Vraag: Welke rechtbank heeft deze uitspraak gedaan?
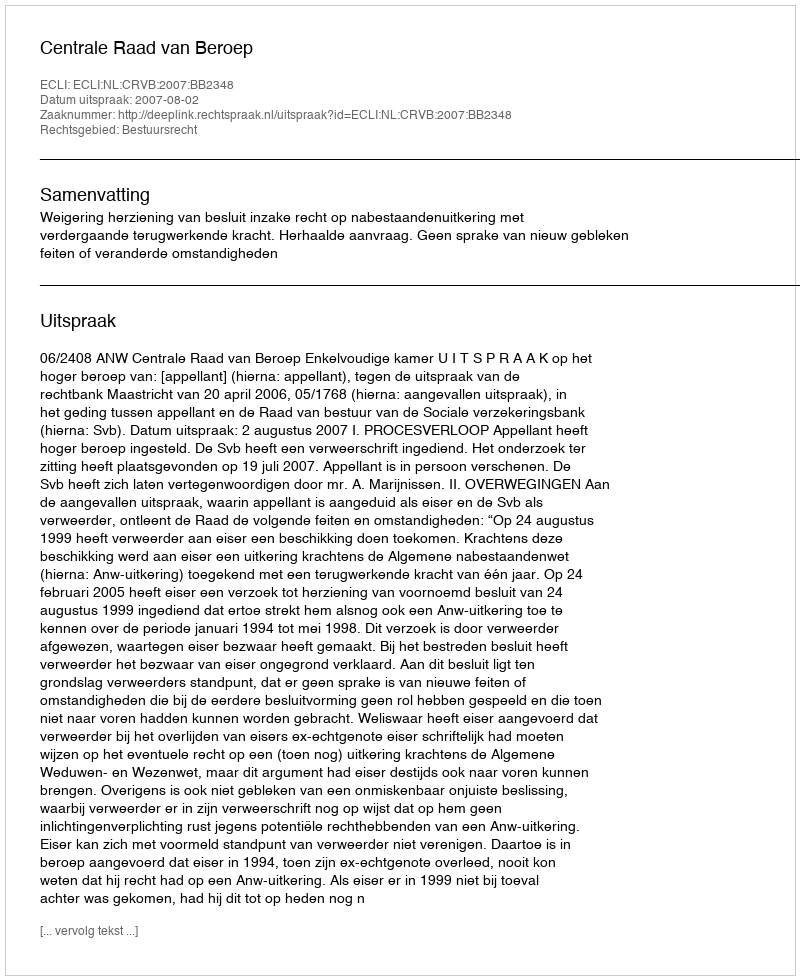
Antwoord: Centrale Raad van Beroep